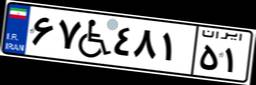
۶۷W۴۸۱۵۱